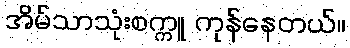
အိမ်သာသုံးစက္ကူ ကုန်နေတယ်။